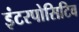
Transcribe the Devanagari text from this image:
इंटरपोसिटिव